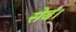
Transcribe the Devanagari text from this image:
सेब।